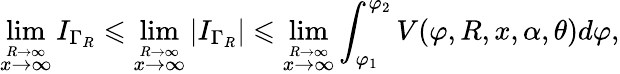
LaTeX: \operatorname*{lim}_{\stackrel{R\to\infty}{x\to\infty}}I_{\Gamma_{R}}\leqslant\operatorname*{lim}_{\stackrel{R\to\infty}{x\to\infty}}|I_{\Gamma_{R}}|\leqslant\operatorname*{lim}_{\stackrel{R\to\infty}{x\to\infty}}\int_{\varphi_{1}}^{\varphi_{2}}V(\varphi,R,x,\alpha,\theta)d\varphi,